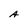
Character: A